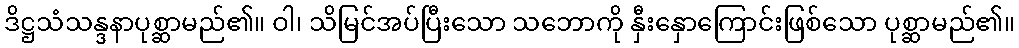
ဒိဋ္ဌသံသန္ဒနာပုစ္ဆာမည်၏။ ဝါ၊ သိမြင်အပ်ပြီးသော သဘောကို နှီးနှောကြောင်းဖြစ်သော ပုစ္ဆာမည်၏။